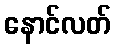
နောင်လတ်